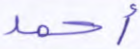
أحمد